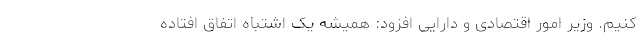
کنیم. وزیر امور اقتصادی و دارایی افزود: همیشه یک اشتباه اتفاق افتاده